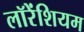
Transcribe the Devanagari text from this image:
लॉरेंशियम